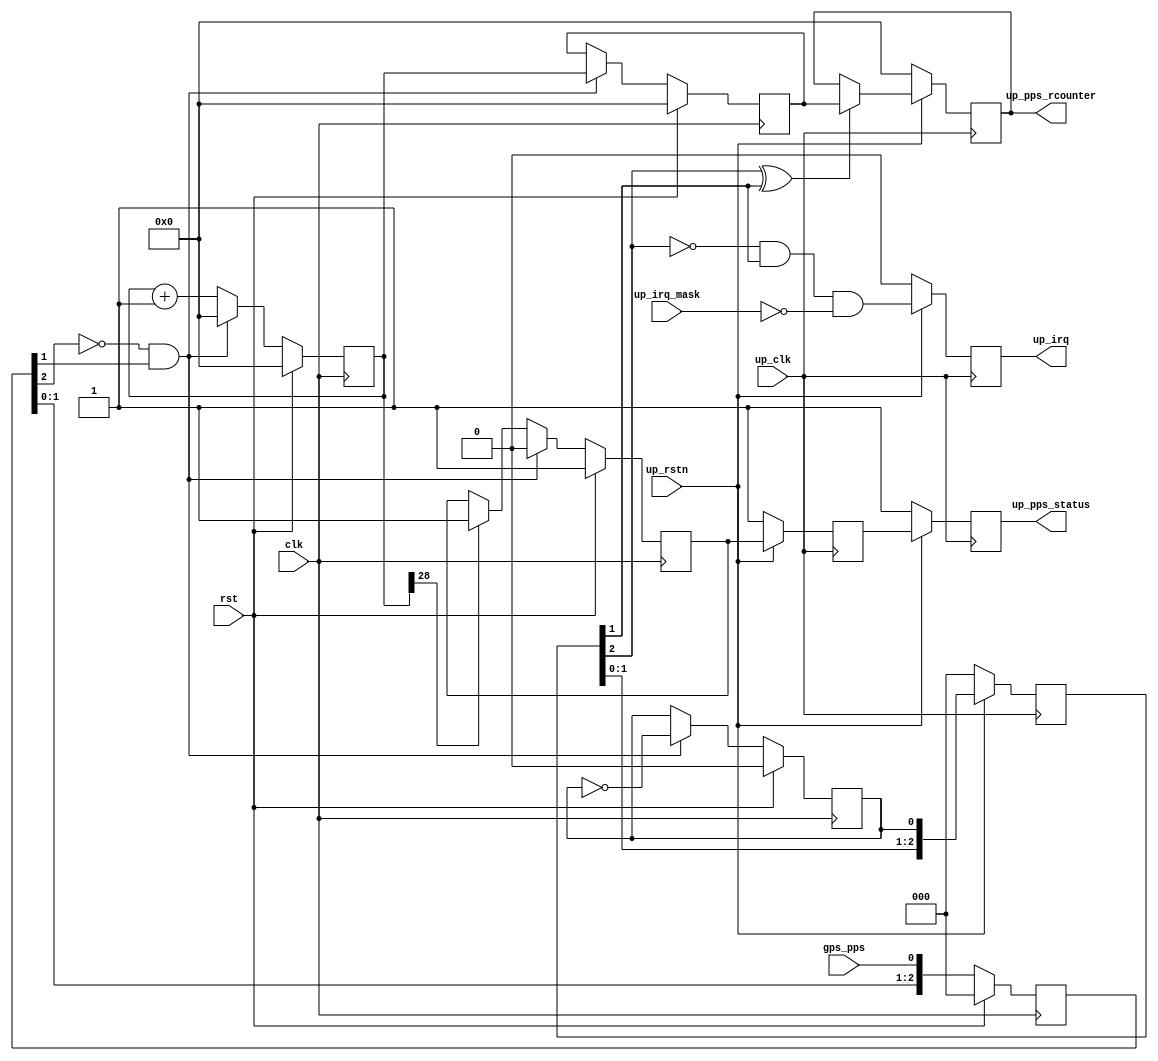
// ***************************************************************************
// ***************************************************************************
// Copyright 2014 - 2017 (c) Analog Devices, Inc. All rights reserved.
//
// In this HDL repository, there are many different and unique modules, consisting
// of various HDL (Verilog or VHDL) components. The individual modules are
// developed independently, and may be accompanied by separate and unique license
// terms.
//
// The user should read each of these license terms, and understand the
// freedoms and responsibilities that he or she has by using this source/core.
//
// This core is distributed in the hope that it will be useful, but WITHOUT ANY
// WARRANTY; without even the implied warranty of MERCHANTABILITY or FITNESS FOR
// A PARTICULAR PURPOSE.
//
// Redistribution and use of source or resulting binaries, with or without modification
// of this file, are permitted under one of the following two license terms:
//
//   1. The GNU General Public License version 2 as published by the
//      Free Software Foundation, which can be found in the top level directory
//      of this repository (LICENSE_GPL2), and also online at:
//      <https://www.gnu.org/licenses/old-licenses/gpl-2.0.html>
//
// OR
//
//   2. An ADI specific BSD license, which can be found in the top level directory
//      of this repository (LICENSE_ADIBSD), and also on-line at:
//      https://github.com/analogdevicesinc/hdl/blob/master/LICENSE_ADIBSD
//      This will allow to generate bit files and not release the source code,
//      as long as it attaches to an ADI device.
//
// ***************************************************************************
// ***************************************************************************
`timescale 1ns/1ps

module ad_pps_receiver (
  input                 clk,
  input                 rst,
  input                 gps_pps,

  input                 up_clk,
  input                 up_rstn,
  output  reg [31:0]    up_pps_rcounter,
  output  reg           up_pps_status,
  input                 up_irq_mask,
  output  reg           up_irq);

  // *************************************************************************
  // 1PPS reception and reporting counter implementation
  // Note: this module should run on the core clock
  // *************************************************************************

  reg   [ 2:0]    gps_pps_m = 3'b0;
  reg   [ 2:0]    up_pps_m = 3'b0;
  reg             up_pps_status_m = 1'b0;
  reg             pps_toggle = 1'b0;
  reg   [31:0]    free_rcounter = 32'b0;
  reg   [31:0]    pps_rcounter = 32'b0;
  reg             pps_status = 1'b0;

  wire            pps_posedge_s;
  wire            up_pps_posedge_s;

  // gps_pps is asynchronous from the clk

  always @(posedge clk) begin
    if (rst == 1'b1) begin
      gps_pps_m <= 3'b0;
    end else begin
      gps_pps_m <= {gps_pps_m[1:0], gps_pps};
    end
  end
  assign pps_posedge_s = ~gps_pps_m[2] & gps_pps_m[1];

  always @(posedge clk) begin
    if (rst == 1'b1) begin
      free_rcounter <= 32'b0;
      pps_rcounter <= 32'b0;
      pps_status <= 1'b1;
    end else if (pps_posedge_s == 1'b1) begin
      free_rcounter <= 32'b0;
      pps_rcounter <= free_rcounter;
      pps_status <= 1'b0;
    end else begin
      free_rcounter <= free_rcounter + 32'b1;
      if (free_rcounter[28] == 1'b1) begin
        pps_status <= 1'b1;
      end
    end
  end

  // up_tdd_pps_rcounter CDC

  always @(posedge clk) begin
    if (rst == 1'b1) begin
      pps_toggle <= 1'b0;
    end else if (pps_posedge_s == 1'b1) begin
      pps_toggle <= ~pps_toggle;
    end
  end

  always @(posedge up_clk) begin
    if (up_rstn == 1'b0) begin
      up_pps_m <= 3'b0;
      up_pps_rcounter <= 1'b0;
      up_pps_status_m <= 1'b1;
      up_pps_status <= 1'b1;
    end else begin
      up_pps_m <= {up_pps_m[1:0], pps_toggle};
      up_pps_status_m <= pps_status;
      up_pps_status <= up_pps_status_m;
      if ((up_pps_m[2] ^ up_pps_m[1]) == 1'b1) begin
        up_pps_rcounter <= pps_rcounter;
      end
    end
  end
  assign up_pps_posedge_s = ~up_pps_m[2] & up_pps_m[1];

  // IRQ generation

  always @(posedge up_clk) begin
    if (up_rstn == 1'b0) begin
      up_irq <= 1'b0;
    end else begin
      up_irq <= up_pps_posedge_s & ~up_irq_mask;
    end
  end

endmodule